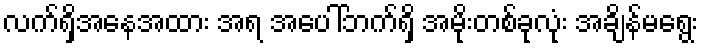
လက်ရှိအနေအထား အရ အပေါ်ဘက်ရှိ အမိုးတစ်ခုလုံး အချိန်မရွေး